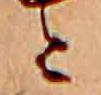
と